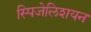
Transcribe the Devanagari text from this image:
स्पिजेलिशयन